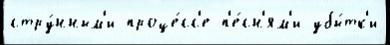
стру́нным'и проце́сс'е п'е́сн'ям'и убы́тк'и